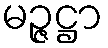
မဉ္ဇဋ္ဌာ